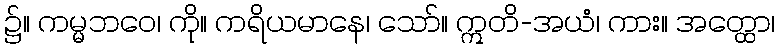
၌။ ကမ္မဘဝေ၊ ကို။ ကရိယမာနေ၊ သော်။ ဣတိ-အယံ၊ ကား။ အတ္ထော၊